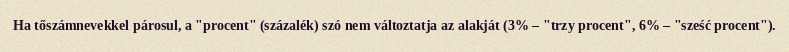
Ha tőszámnevekkel párosul, a "procent" (százalék) szó nem változtatja az alakját (3% – "trzy procent", 6% – "sześć procent").